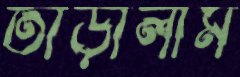
তাড়ালাম